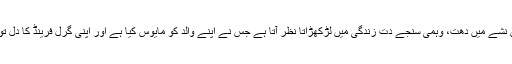
اس میں نشے میں دھت، وہمی سنجے دت زندگی میں لڑکھڑاتا نظر آتا ہے جس نے اپنے والد کو مایوس کیا ہے اور اپنی گرل فرینڈ کا دل توڑا ہے۔